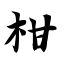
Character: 柑